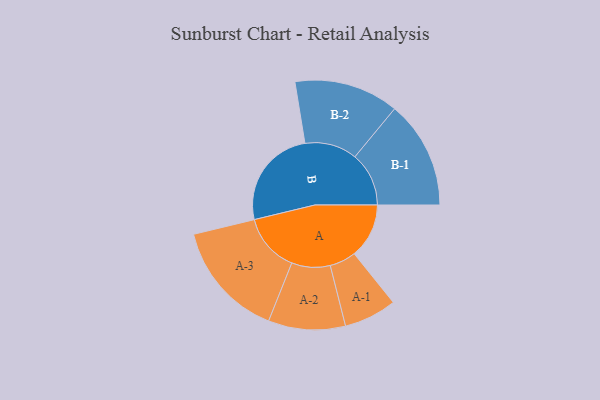
{"axis": {"x": "Segment", "y": "Value"}, "legend": ["", "A", "B"], "data": [{"x": "A", "y": 266, "type": ""}, {"x": "B", "y": 490, "type": ""}, {"x": "A-1", "y": 128, "type": "A"}, {"x": "A-2", "y": 187, "type": "A"}, {"x": "A-3", "y": 284, "type": "A"}, {"x": "B-1", "y": 262, "type": "B"}, {"x": "B-2", "y": 254, "type": "B"}]}